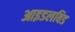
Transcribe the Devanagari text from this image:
आइडलविड